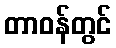
တာဝန်တွင်